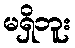
မရှိဘူး